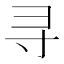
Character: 寻